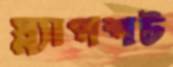
স্ন্যাপশট